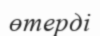
өтерді